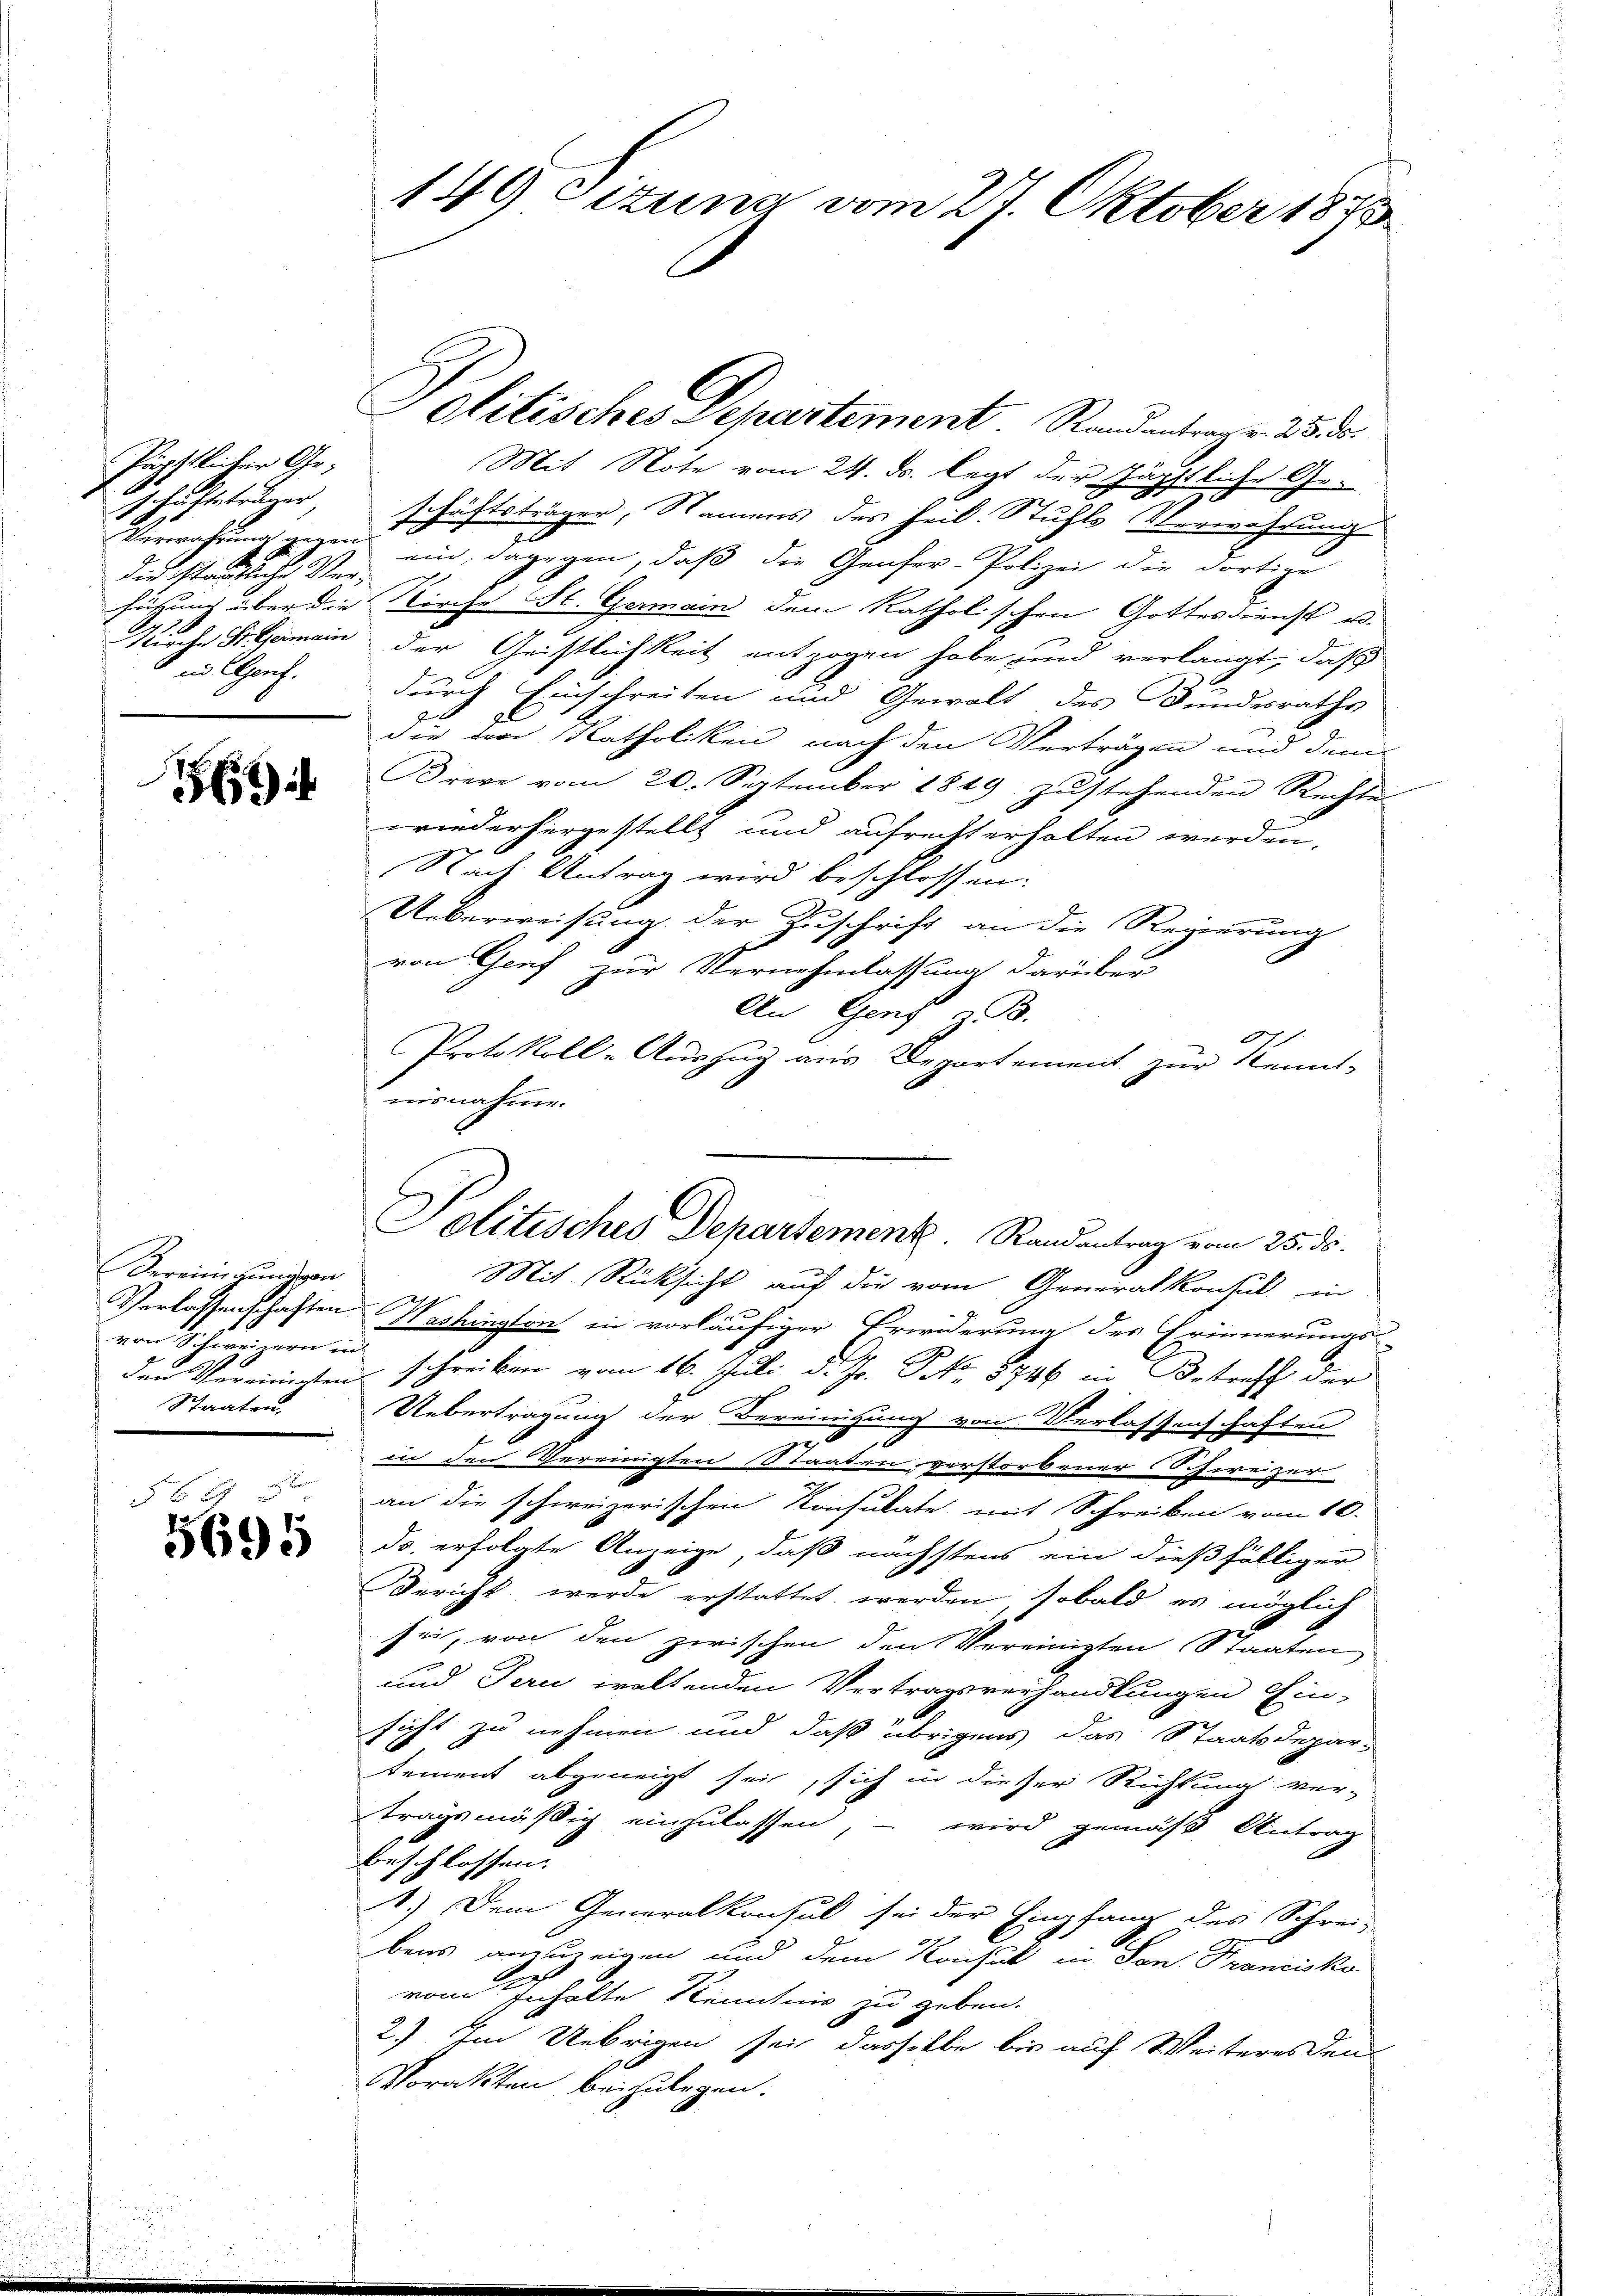
Pärttlicher Ge¬
 chachtet der
die stamtliche Ver¬
1716
" in Alpens.

869

Vereinigung von
von Schweizern in
Staaten

5691

Mit Rücksicht auf die vom Generalkonsul in
Verlassenschaften Washingten in vorläufiger Erwiderung des Erinnerungs-
den Verein schreiben vom 16. Juli d. Js. No. 8746 in Betreff der
Uebertragung der Bereinigung von Verlassenschaften
in den Vereinigten Staaten verstorbener Schweizer
an die schweizerischen Konsulate mit Schreiben vom 10.
ds. erfolgte Anzeige, daß nächstens ein dießfälliger
Bericht werde erstattet werden, sobald es möglich
sei, von den zwischen den Vereinigten Staaten
und Tern waltenden Vertragsverhandlungen Ein-
sicht zu nehmen und daß übrigens das Staatsdepar-
sement abgeneigt sei, sich in dieser Richtung ver-
tragsmäßig einzulassen, – wird gemäß Antrag
beschlossend
1.) Dem Generalkonsul sei der Empfang des Schrei-
bens anzuzeigen und dem Konsul in San Francisko
vom Inhalte Kenntnis zu geben.
2) Im Uebrigen sei dasselbe bis auf Weiteres den
Vorakten beizulegen.

149 Sizung vom 27. Oktober 1873.

Politischer Departement. Randantrage. 25. d.

Mit Note vom 24. ds. legt der Zäpstliche Geschäftsträger, Namens des heil. Stuhls Verwahrung
Verwahrung gegen ein, dagegen, daß die Genfer-Polizei die dortige
fügung über die Kirche St. Germain dem katholischen Gottesdienst u.
urch St. Gemein der Geistlichkeit entzogen habe und verlangt, daß
durch Einschreiten und Gewalt des Bundesraths
die der Katholiken nach den Verträgen und dem
Krere vom 20. September 1849 zustehenden Rechtes
wiederhergestellt und aufrecht erhalten werden,
Nach Antrag wird beschlossen:
Ueberweisung der Zuschrift an die Regierung
von Genf zur Vernehmlassung darüber
An Gens B.
t
Protokoll-Auszug aus Departement zur Kennt-
nisnahme.

Politisches Departement. Randantrag vom 25. ds.